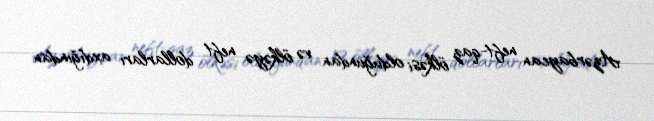
Azərbaycan neft-qaz ölkəsi olduğundan və ölkəyə neft dollarları axdığından